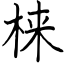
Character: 梾